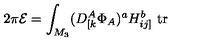
2 \pi { \cal E } = \int _ { M _ { 3 } } ( D _ { [ k } ^ { A } \Phi _ { A } ) ^ { a } H _ { i j ] } ^ { b } \ \mathrm { t r }